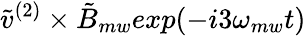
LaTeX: \tilde{v}^{(2)}\times\tilde{B}_{mw}exp(-i3\omega_{mw}t)